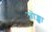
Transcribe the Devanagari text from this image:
जोङ्खा